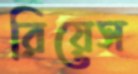
রিয়েস